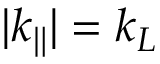
| k _ { \| } | = k _ { L }